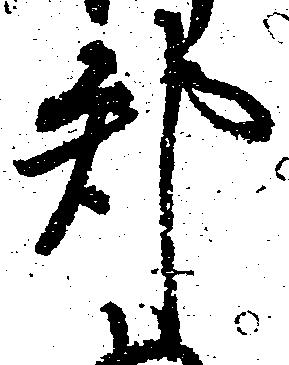
郡